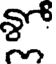
న్లో